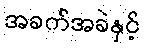
အခက်အခဲနှင့်